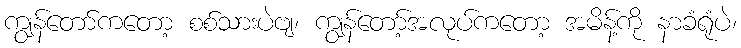
ကျွန်တော်ကတော့ စစ်သားပဲဗျ၊ ကျွန်တော့်အလုပ်ကတော့ အမိန့်ကို နာခံရုံပဲ၊